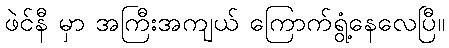
ဖဲင်နီ မှာ အကြီးအကျယ် ကြောက်ရွံ့နေလေပြီ။